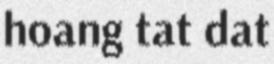
hoang tat dat